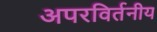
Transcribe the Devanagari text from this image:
अपरविर्तनीय